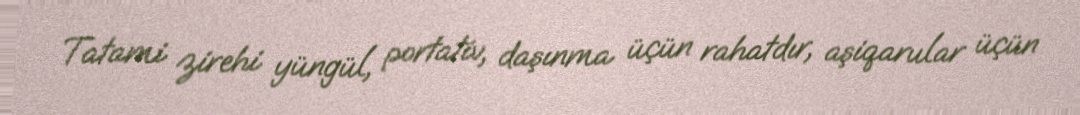
Tatami zirehi yüngül, portativ, daşınma üçün rahatdır, aşiqarular üçün